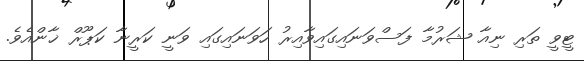
ޓީވީ ތަރި ނިއާ ޝަރުމާ ފަސްވަނައިގައިވާއިރު ހަވަނައިގައި ވަނީ ކަރީނާ ކަޕޫރް ޚާންއެވެ.